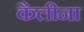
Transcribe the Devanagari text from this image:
कैलीना